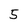
Character: 5